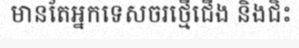
មានតែអ្នកទេសចរថ្មើជើង និងជិះ